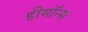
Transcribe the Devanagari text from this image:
डीमॉन्स